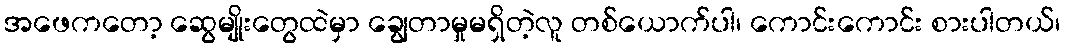
အဖေကတော့ ဆွေမျိုးတွေထဲမှာ ချွေတာမှုမရှိတဲ့လူ တစ်ယောက်ပါ၊ ကောင်းကောင်း စားပါတယ်၊